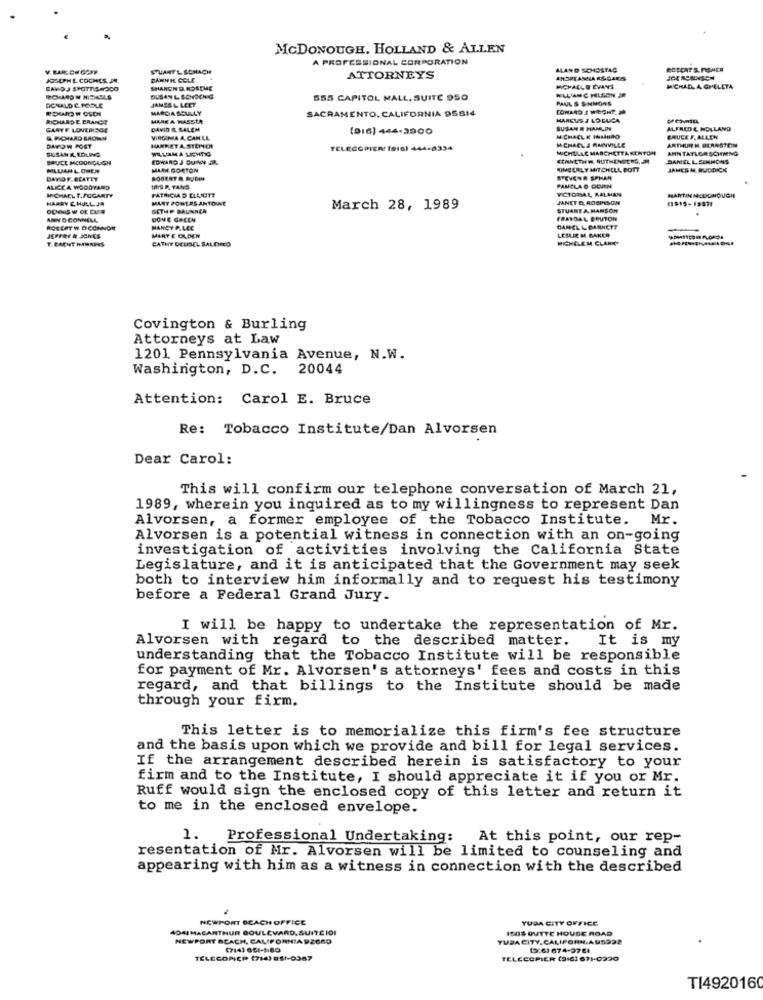
MCDONOUGH, HOLLAND & ALLEN
A PROFESSIONAL CORPORATION
V. BARE CH GOFF
STUART'L SONACH
ALAND SCHOSTAG
ROCCAT S. FISHER
JOSUPHECOCHES, JR.
DANNH COLL
ATTORNEYS
ANSPTANGA ESSARSS
SAVOJ SPOTTISMOCO
SHARON DASSTHE
MICHALLE EVANS
MICHAEL A GHELETA
DONALD C. PODLE
DUSAN L SCHOONS
JAMES & LEET
555 CAPITOL MALL. SUITE 950
PAUL S SINMORS
ROWROW OSDI
MARCIA SCULLY
SACRAMENTO, CALIFORNIA 95814
TOMARO 1 WIEGHT. J
RICHARD E CRANOT
MARKA WASSTA
MARCUS A LO DUCA
GANTE. LOVERISGE
DAVID & SALEM
(916) 444-3900
SUSAN R HAMLINY
ALFRED & HOLLAND
& RICHARD BROWN
VIRGINIA A CANLL
MICHAEL & IAIHDO
ARTHUR M. BERNSTEIN
BRUCE F. ALLEN
SUSAN K EDLING
DAYOW POST
HANDLET A.STEINER
WLLAMA LICHTIG
TELECOPIER! (SIG) 444-8334
MICHAEL & MANVILLE
MICHELAC MARCHETTA KENTON
ANN TAYLORSCHING
BRUCE MCDONOUGH
EDWARD J CUNY
DANIEL L. SCHHONS
MILAN LOWEN
MAAK GORTON
MOIMODELY MITCHELL BOTT
JAMES M. RUDDICK
DAVIDF.BLATTY
ROBERT R JOMM
STEVENA SPHAR
MICHAEL T.FOGARTY
ALICCA WOODYARD
THIS P. TANG
PATRICIA D ELUOTT
PAMELAO CORN
VICTORAL RALMAN
HARRY E. HULL J.
MANY POWERS ANTOWE
JANET &, ROBINSON
MARTINNEDONOUGH
GETHP BRUNNER
March 28, 1989
STUARTA HANSON
ANN O CONNELL
DONE GALEN
FRADAL BRUTON
ROBERT W. DOCHNON
MANCY PLEC
CANEL & GARNETT
LESLIE M. BAKER
T. CACHT HAWKINS
MARY E OLDER
CATHY DELISEL SALEHNED
MICHELEM CLARKE
Covington & Burling
Attorneys at Law
1201 Pennsylvania Avenue, N.W.
Washington, D.C. 20044
Attention: Carol E. Bruce
Re: Tobacco Institute/Dan Alvorsen
Dear Carol:
This will confirm our telephone conversation of March 21,
1989, wherein you inquired as to my willingness to represent Dan
Alvorsen, a former employee of the Tobacco Institute. Mr.
Alvorsen is a potential witness in connection with an on-going
investigation of activities involving the California State
Legislature, and it is anticipated that the Government may seek
both to interview him informally and to request his testimony
before a Federal Grand Jury.
I will be happy to undertake the representation of Mr.
Alvorsen with regard to the described matter. It is my
understanding that the Tobacco Institute will be responsible
for payment of Mr. Alvorsen's attorneys' fees and costs in this
regard, and that billings to the Institute should be made
through your firm.
This letter is to memorialize this firm's fee structure
and the basis upon which we provide and bill for legal services.
If the arrangement described herein is satisfactory to your
firm and to the Institute, I should appreciate it if you or Mr.
Ruff would sign the enclosed copy of this letter and return it
to me in the enclosed envelope.
1. Professional Undertaking:
At this point, our rep-
resentation of Mr. Alvorsen will be limited to counseling and
appearing with him as a witness in connection with the described
NEWPORT BEACH OFFICE
YUDA CITY OFFICE
4041MACARTHUR BOULEVARD, SUITE IDI
1508 GUTTE HOUSE ROAD
NEWPORT BEACH, CALIFORNIA 92660
TUBA CITY.CALIFORNIAD5022
(7141 051-1180
(2:63 674-27 64
TELECOMICP (714) 851-0367
TELECOPIER (9161 671-0290
TI492016